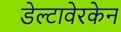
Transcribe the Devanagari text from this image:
डेल्टावेरकेन